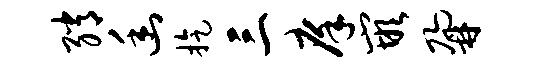
绡幽旋三庠嵌鼐